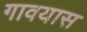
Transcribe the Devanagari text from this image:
गावयास